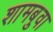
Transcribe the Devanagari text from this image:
शामबुवा